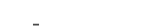
-